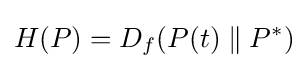
H(P)=D_{f}(P(t)\parallel P^{*})